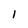
Character: 1